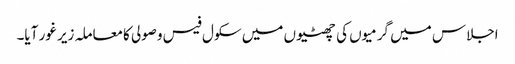
اجلاس میں گرمیوں کی چھٹیوں میں سکول فیس وصولی کامعاملہ زیر غور آیا۔